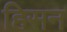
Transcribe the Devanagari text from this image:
हिसन